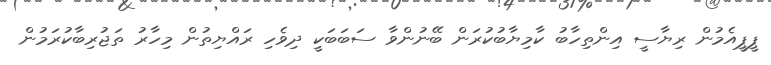
ޕީޕީއެމުން ރިޔާސީ އިންތިހާބު ކާމިޔާބުކުރަން ބޭނުންވާ ސަބަބަކީ ދިވެހި ރައްޔިތުން މިހާރު ތަޖުރިބާކުރަމުން